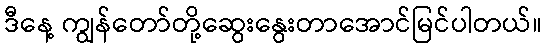
ဒီနေ့ ကျွန်တော်တို့ဆွေးနွေးတာအောင်မြင်ပါတယ်။